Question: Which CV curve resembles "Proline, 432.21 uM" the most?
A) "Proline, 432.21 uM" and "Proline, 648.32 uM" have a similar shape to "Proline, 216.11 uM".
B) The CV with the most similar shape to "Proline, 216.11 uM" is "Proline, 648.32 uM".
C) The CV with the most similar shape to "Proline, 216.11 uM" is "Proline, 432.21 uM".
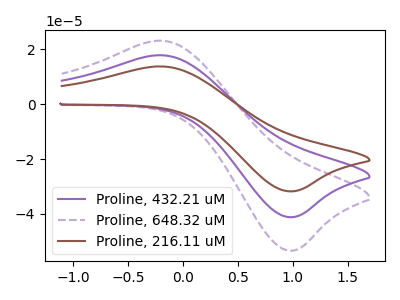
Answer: <think>The purple curve "Proline, 432.21 uM" has an anodic peak at (-0.20V, 17.85uA) and a cathodic peak at (1.00V, -41.15uA). The purple dashed curve "Proline, 648.32 uM" has an anodic peak at (-0.20V, 35.70uA) and a cathodic peak at (1.00V, -82.30uA). The brown curve "Proline, 216.11 uM" has an anodic peak at (-0.20V, 13.75uA) and a cathodic peak at (1.00V, -31.75uA).
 All the peaks in "Proline, 432.21 uM" have a peak in "Proline, 648.32 uM" at the same potential. Every peak in "Proline, 432.21 uM" is lower than every peak in "Proline, 648.32 uM". All the peaks in "Proline, 432.21 uM" have a peak in "Proline, 216.11 uM" at the same potential. Every peak in "Proline, 432.21 uM" is higher than every peak in "Proline, 216.11 uM". All the peaks in "Proline, 648.32 uM" have a peak in "Proline, 216.11 uM" at the same potential. Every peak in "Proline, 648.32 uM" is higher than every peak in "Proline, 216.11 uM".</think>
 <answer>A) "Proline, 432.21 uM" and "Proline, 648.32 uM" have a similar shape to "Proline, 216.11 uM".</answer>
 <eval>A</eval>